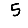
Digit: 5